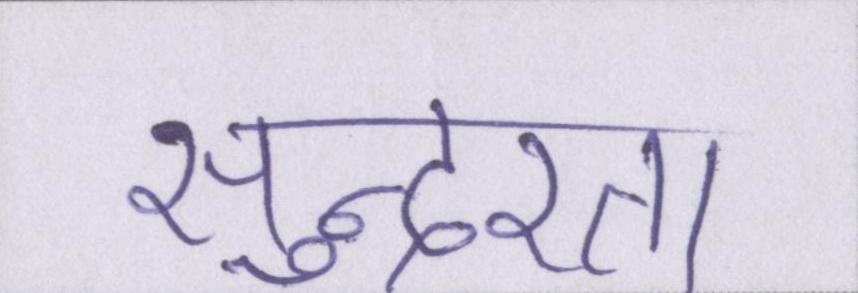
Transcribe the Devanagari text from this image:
सुन्दरता